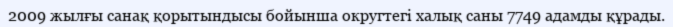
2009 жылғы санақ қорытындысы бойынша округтегі халық саны 7749 адамды құрады.